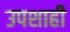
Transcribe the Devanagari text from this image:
उपशाही